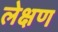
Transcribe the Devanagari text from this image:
लेक्षण